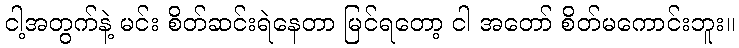
ငါ့အတွက်နဲ့ မင်း စိတ်ဆင်းရဲနေတာ မြင်ရတော့ ငါ အတော် စိတ်မကောင်းဘူး။